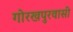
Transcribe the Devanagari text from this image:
गोरखपुरवासी